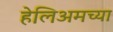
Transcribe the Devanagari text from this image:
हेलिअमच्या